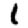
Digit: 1